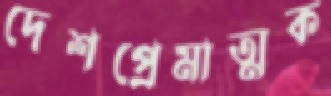
দেশপ্রেমাত্মক